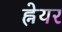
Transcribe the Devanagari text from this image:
ह्नेयर